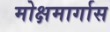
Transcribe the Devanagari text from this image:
मोक्षमार्गास